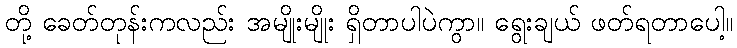
တို့ ခေတ်တုန်းကလည်း အမျိုးမျိုး ရှိတာပါပဲကွာ။ ရွေးချယ် ဖတ်ရတာပေါ့။